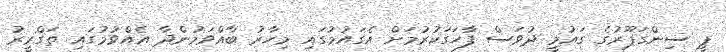
ޕީ ސިންގަޕޫރުގެ ގައުމީ ދުވަސް ފާހަގަކުރުމަށް އެގައުމުގައި މިހާރު ބާއްވަމުންދާ އެއްވުމުގައި ތަގްރީރު